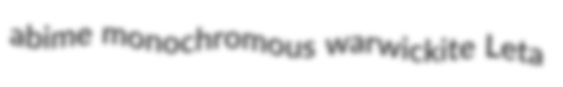
abime monochromous warwickite Leta